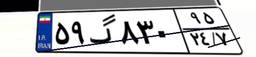
۵۹گ۸۳۰۹۵